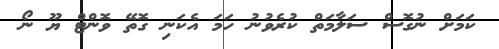
ކަމަށް ނުގޮސް ސަލާމަތް ކުރެވުނު ހަމަ އެކަނި ގޮތޭ ވޮންޓް ޔޫ ނޯ